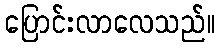
ပြောင်းလာလေသည်။